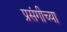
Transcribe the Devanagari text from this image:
प्रसंगीच्या